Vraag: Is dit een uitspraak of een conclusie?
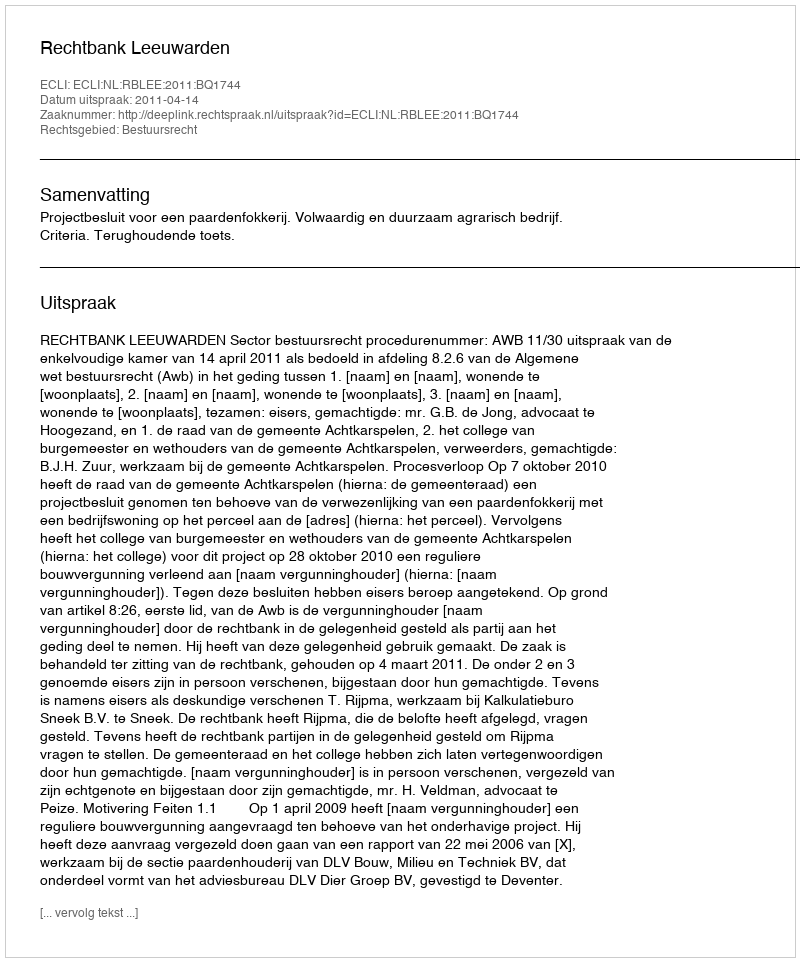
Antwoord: Uitspraak